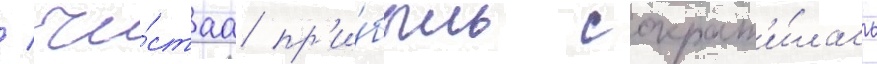
/ чи́стаа пр'и́быль сократ'и́лась